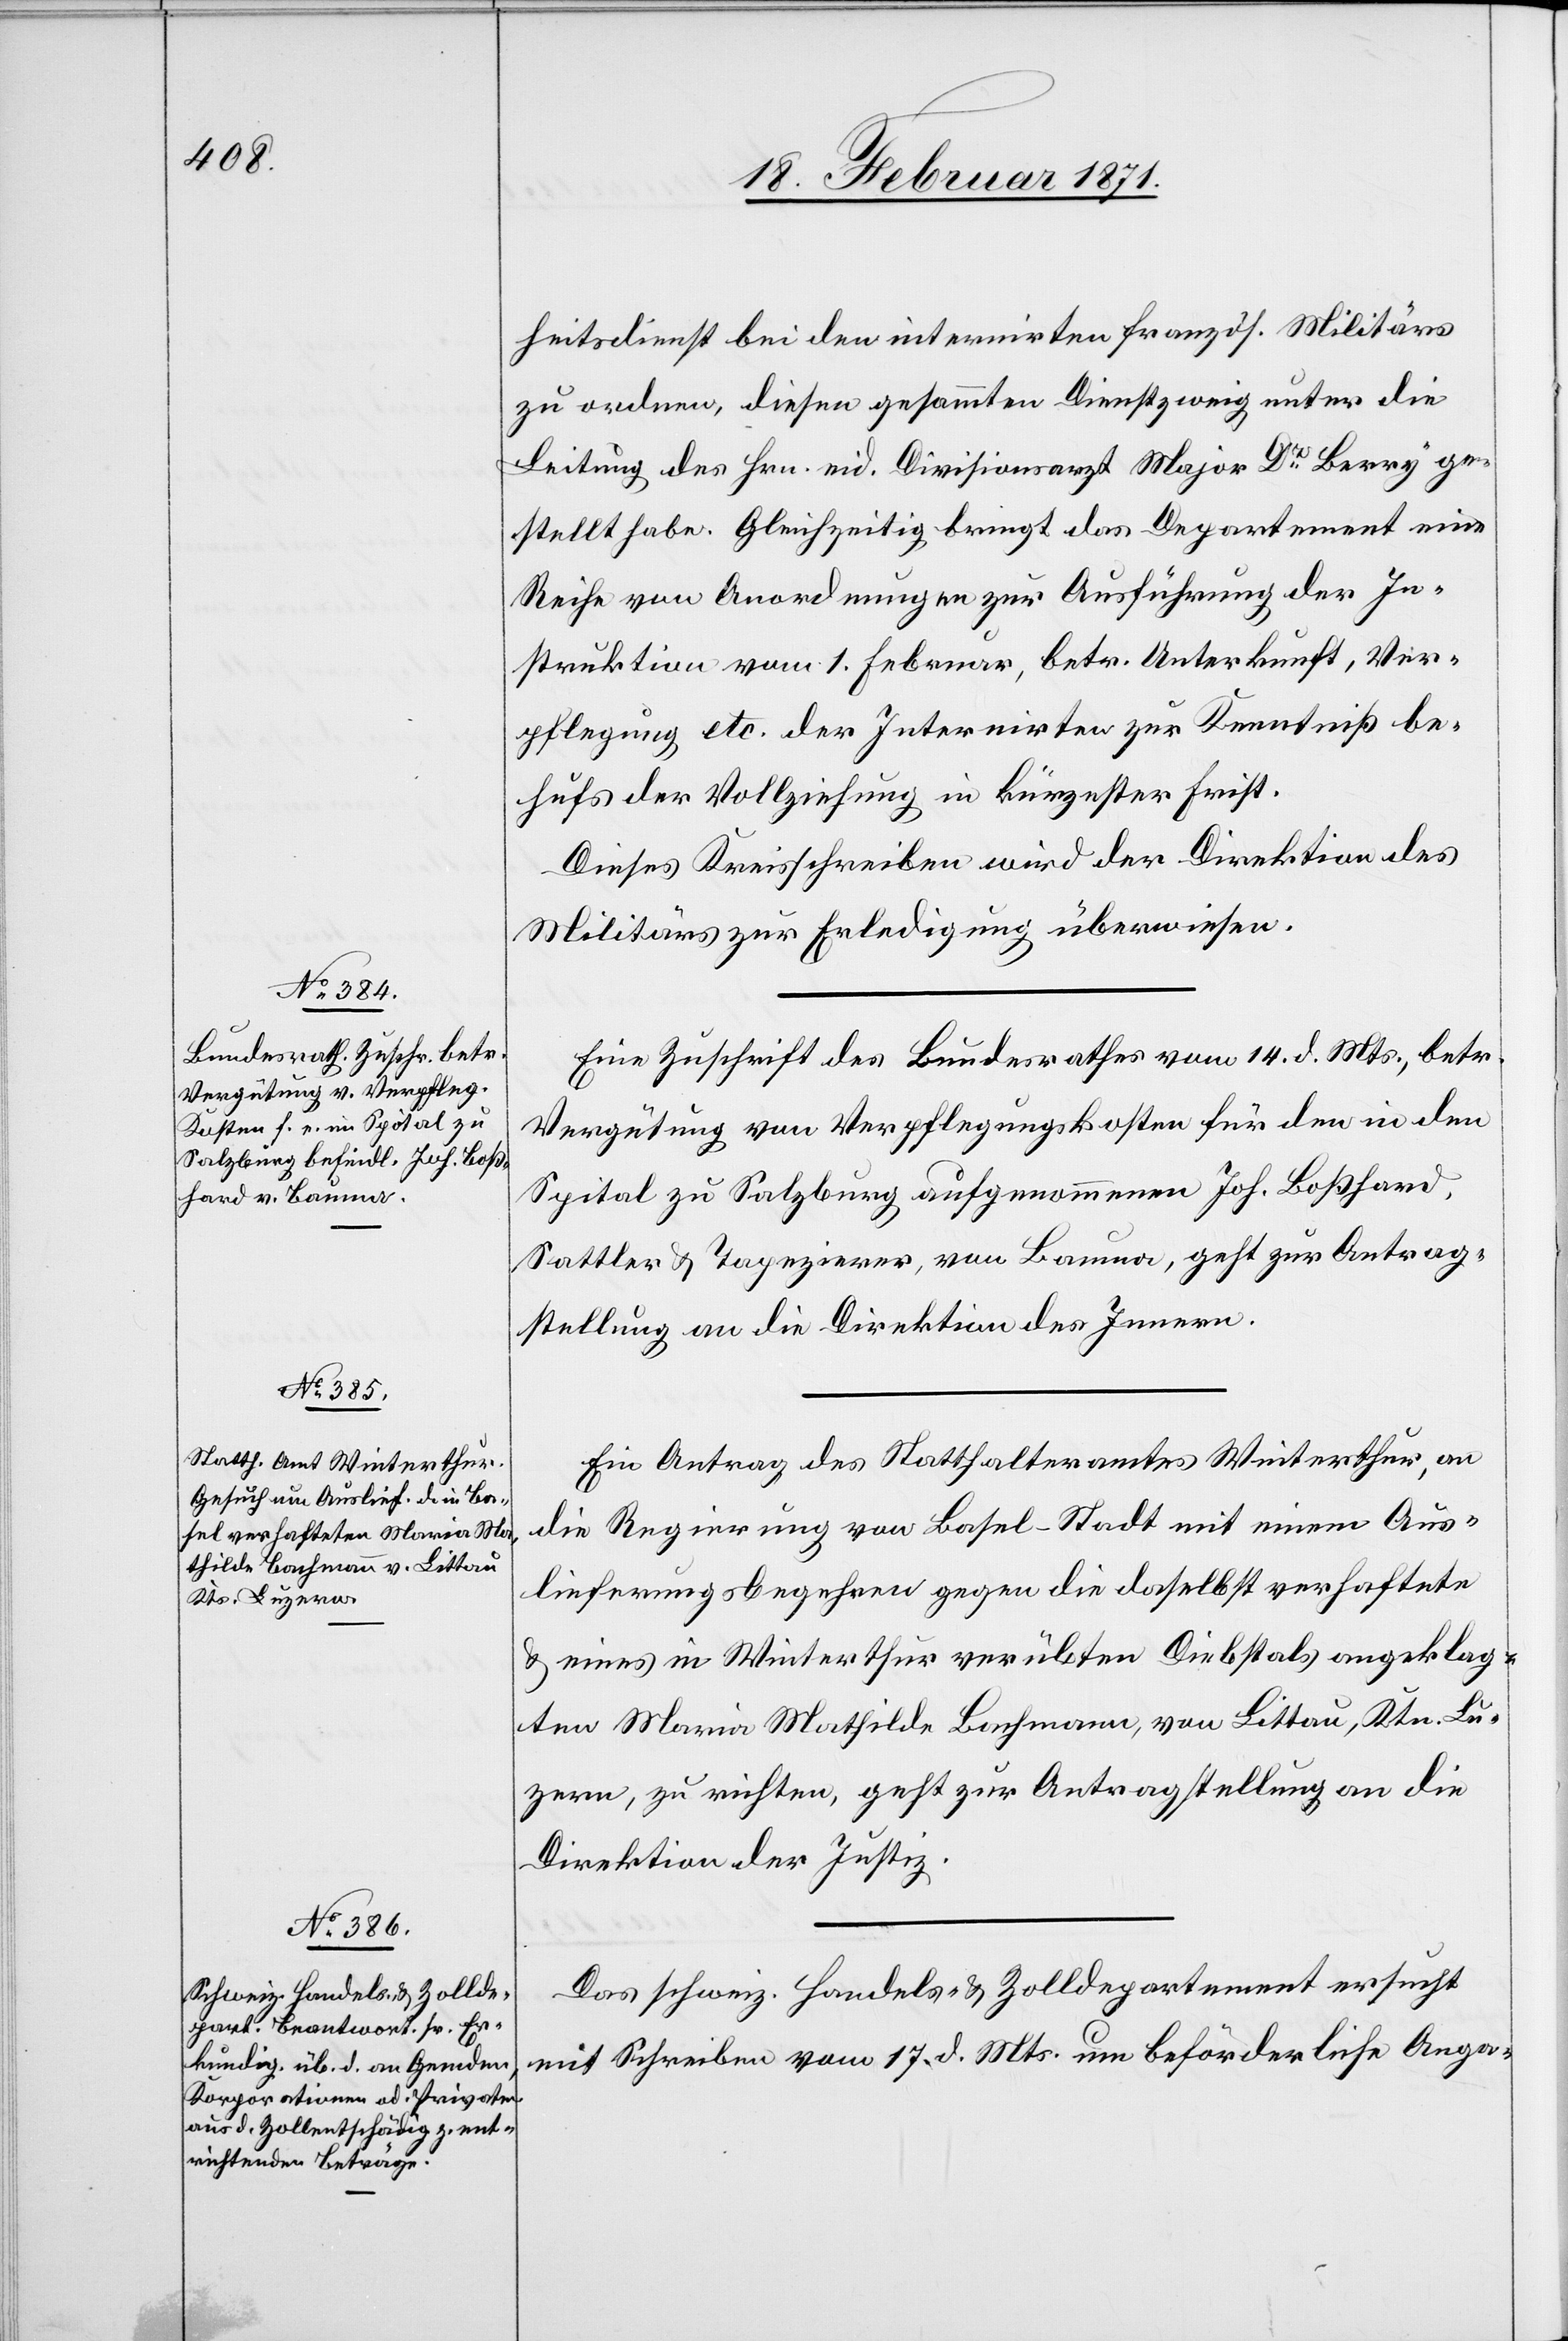
22. Februar 1871.]
heitsdienst bei den internirten französ. Militärs
zu ordnen, diesen gesammten Dienstzweig unter die
Leitung des Hrn. eid. Divisionsarzt Major Dr. Berry ge¬
stellt habe. Gleichzeitig bringt das Departement eine
Reihe von Anordnungen zur Ausführung der In¬
struktion vom 1. Februar, betr. Unterkunft, Ver¬
pflegung etc. der Internirten zur Kenntniß be¬
hufs der Vollziehung in kürzester Frist.
Dieses Kreisschreiben wird der Direktion des
Militärs zur Erledigung überwiesen.
Eine Zuschrift des Bundesrathes vom 14. d Mts., betr.
Vergütung von Verpflegungskosten für den in den
Spital zu Salzburg aufgenommenen Joh. Boßhard,
Sattler u. Tapezierer, von Bauma, geht zur Antrag¬
stellung an die Direktion des Innern.
Ein Antrag des Statthalteramt Winterthur, an
die Regierung von Basel-Stadt mit einem Aus¬
lieferungsbegehren gegen die daselbst verhaftete
u. eines in Winterthur verübten Diebstals angeklag¬
ten Maria Mathilde Bachmann, von Littau, Ktn. Lu¬
zern, zu richten, geht zur Antragstellung an die
Direktion der Justiz.
Das schweiz. Handels- u. Zolldepartement ersucht
mit Schreiben vom 17. d. Mts. um beförderliche Anga-